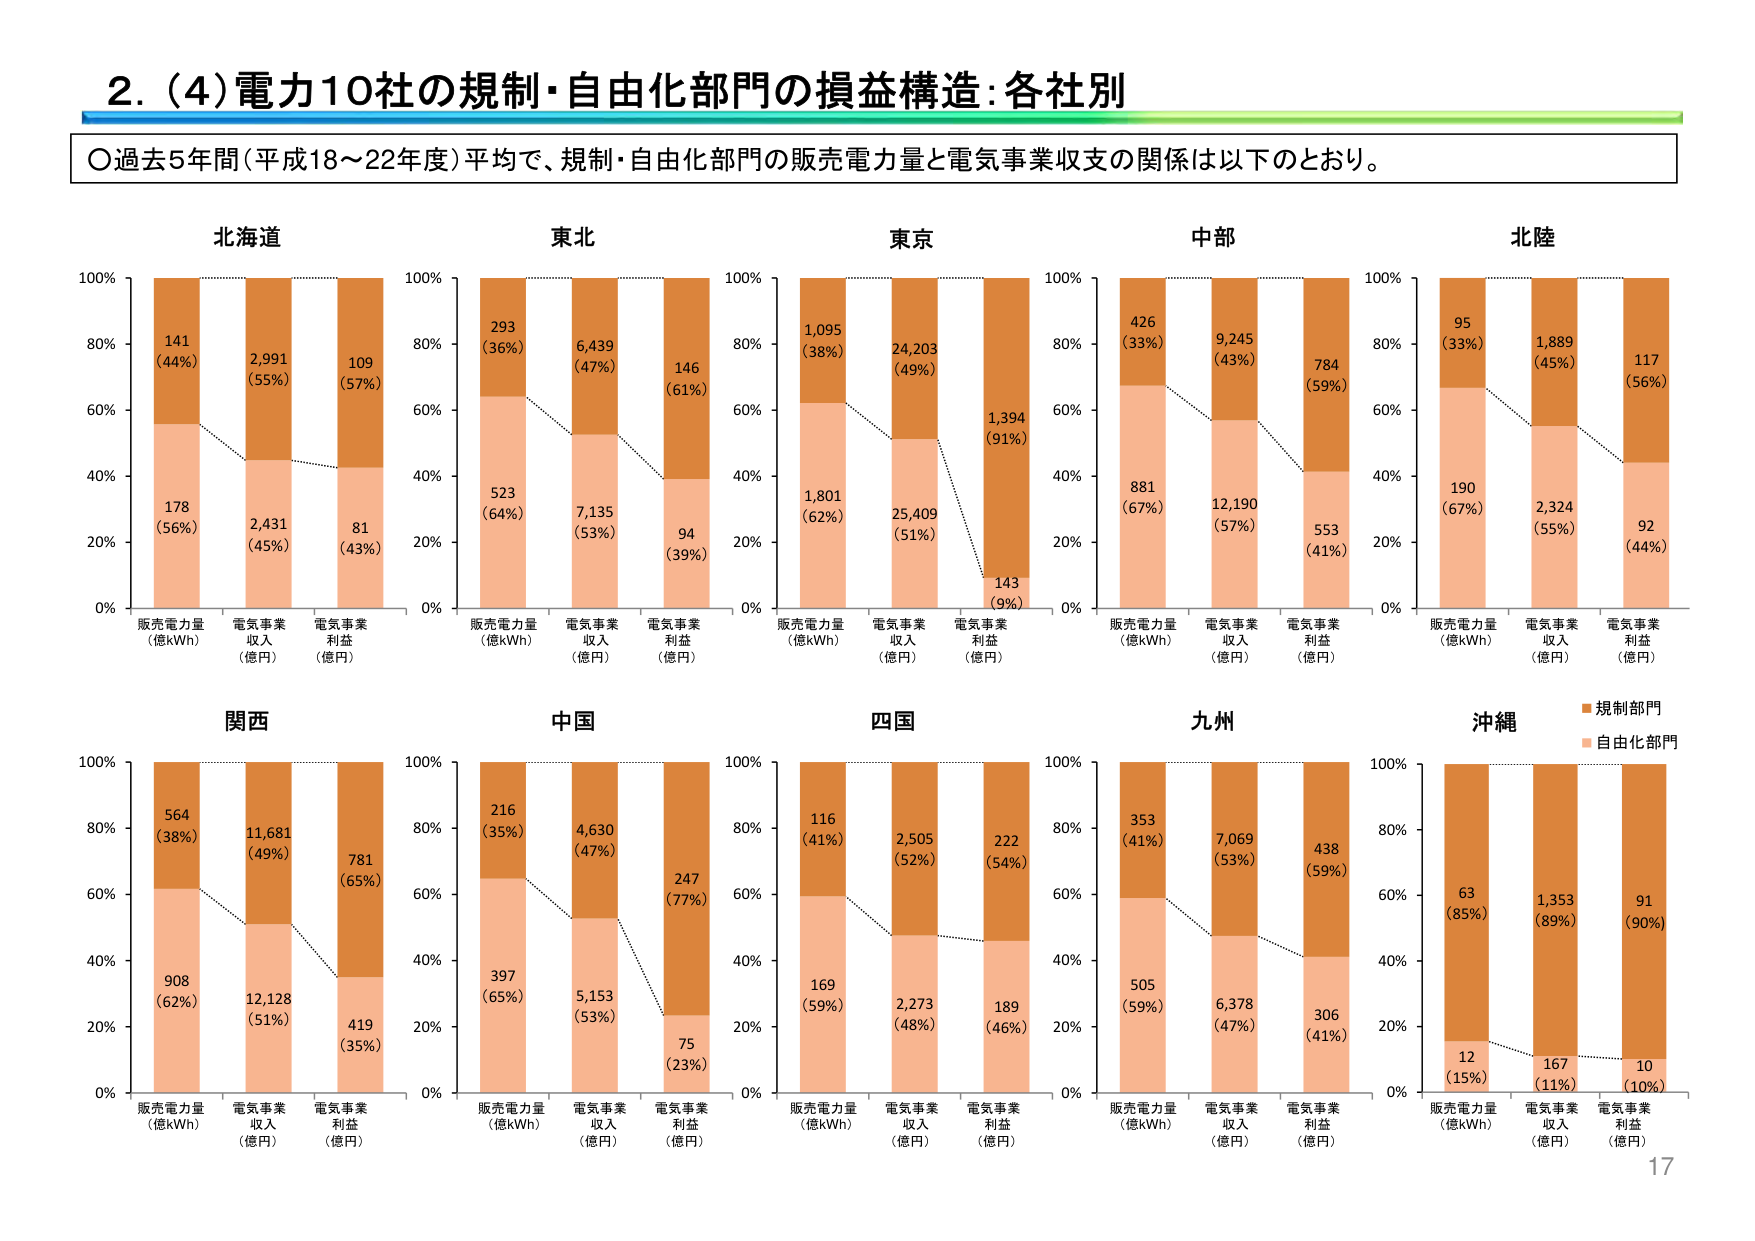
2. (4) 電力10社の規制・自由化部門の損益構造:各社別

○過去5年間（平成18～22年度）平均で、規制・自由化部門の販売電力量と電気事業収支の関係は以下のとおり。

北海道
販売電力量（億kWh） 178 (56%) 141 (44%)
電気事業収入（億円） 2,431 (45%) 2,991 (55%)
電気事業利益（億円） 81 (43%) 109 (57%)

東北
販売電力量（億kWh） 523 (64%) 293 (36%)
電気事業収入（億円） 7,135 (53%) 6,439 (47%)
電気事業利益（億円） 94 (39%) 146 (61%)

東京
販売電力量（億kWh） 1,801 (62%) 1,095 (38%)
電気事業収入（億円） 25,409 (51%) 24,203 (49%)
電気事業利益（億円） 143 (9%) 1,394 (91%)

中部
販売電力量（億kWh） 881 (67%) 426 (33%)
電気事業収入（億円） 12,190 (57%) 9,245 (43%)
電気事業利益（億円） 553 (41%) 784 (59%)

北陸
販売電力量（億kWh） 190 (67%) 95 (33%)
電気事業収入（億円） 2,324 (55%) 1,889 (45%)
電気事業利益（億円） 92 (44%) 117 (56%)

関西
販売電力量（億kWh） 908 (62%) 564 (38%)
電気事業収入（億円） 12,128 (51%) 11,681 (49%)
電気事業利益（億円） 419 (35%) 781 (65%)

中国
販売電力量（億kWh） 397 (65%) 216 (35%)
電気事業収入（億円） 5,153 (53%) 4,630 (47%)
電気事業利益（億円） 75 (23%) 247 (77%)

四国
販売電力量（億kWh） 169 (59%) 116 (41%)
電気事業収入（億円） 2,273 (48%) 2,505 (52%)
電気事業利益（億円） 189 (46%) 222 (54%)

九州
販売電力量（億kWh） 505 (59%) 353 (41%)
電気事業収入（億円） 6,378 (47%) 7,069 (53%)
電気事業利益（億円） 306 (41%) 438 (59%)

沖縄
販売電力量（億kWh） 12 (15%) 63 (85%)
電気事業収入（億円） 167 (11%) 1,353 (89%)
電気事業利益（億円） 10 (10%) 91 (90%)

■規制部門
■自由化部門

17